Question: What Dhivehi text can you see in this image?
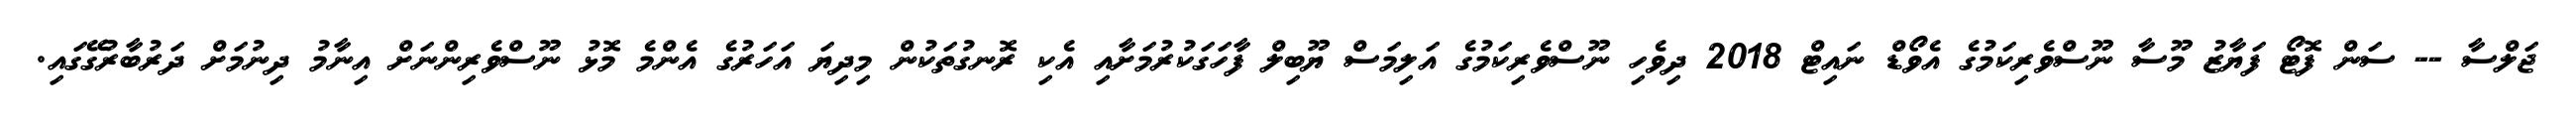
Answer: ޖަލްސާ -- ސަން ފޮޓޯ ފަޔާޒު މޫސާ ނޫސްވެރިކަމުގެ އެވޯޑް ނައިޓް 2018 ދިވެހި ނޫސްވެރިކަމުގެ އަލިމަސް ޔޫބިލް ފާހަގަކުރުމަށާއި އެކި ރޮނގުތަކުން މިދިޔަ އަހަރުގެ އެންމެ މޮޅު ނޫސްވެރިންނަށް އިނާމު ދިނުމަށް ދަރުބާރުގޭގައި.